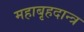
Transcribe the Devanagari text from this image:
महाबृहदान्त्र